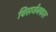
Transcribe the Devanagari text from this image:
विसर्जनकार